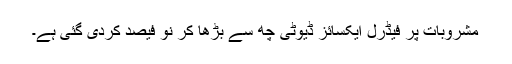
مشروبات پر فیڈرل ایکسائز ڈیوٹی چھ سے بڑھا کر نو فیصد کردی گئی ہے۔